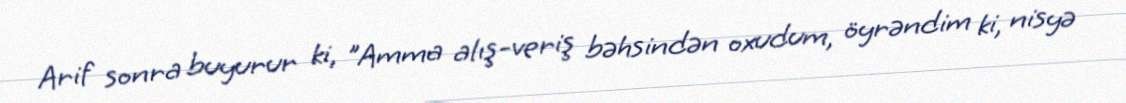
Arif sonra buyurur ki, "Amma alış-veriş bəhsindən oxudum, öyrəndim ki, nisyə